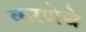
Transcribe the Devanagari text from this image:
करणेचे